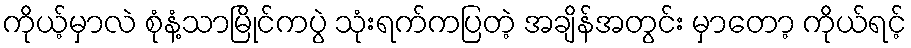
ကိုယ့်မှာလဲ စုံနံ့သာမြိုင်ကပွဲ သုံးရက်ကပြတဲ့ အချိန်အတွင်း မှာတော့ ကိုယ်ရင့်